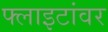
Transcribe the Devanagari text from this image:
फ्लाइटांवर